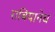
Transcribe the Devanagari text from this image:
राबियानेच